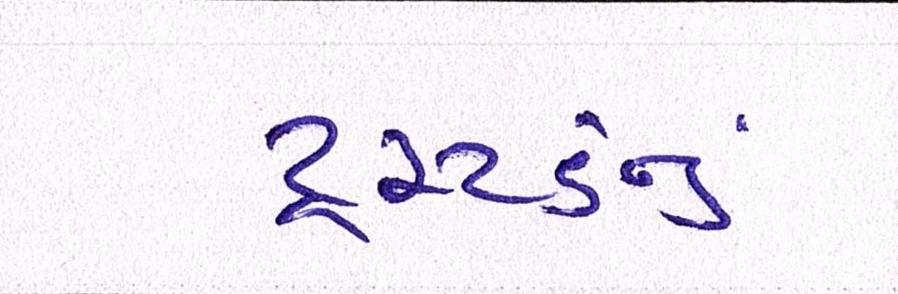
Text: ટ્રસ્ટડનું